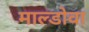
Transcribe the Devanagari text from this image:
माल्डोवा